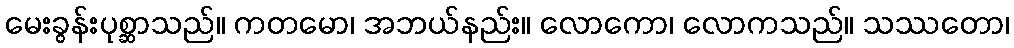
မေးခွန်းပုစ္ဆာသည်။ ကတမော၊ အဘယ်နည်း။ လောကော၊ လောကသည်။ သဿတော၊